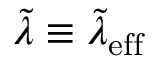
\tilde { \lambda } \equiv \tilde { \lambda } _ { \mathrm { e f f } }